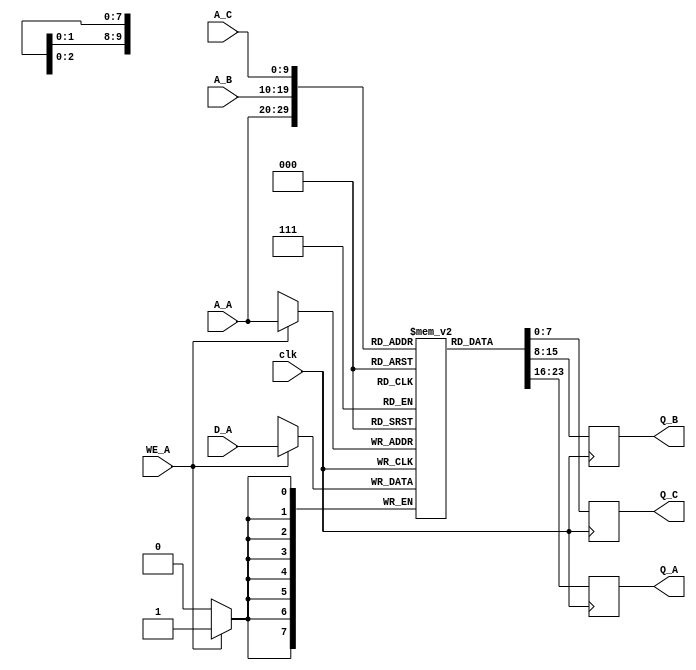
module triple_port_ram #(
    parameter ADDR_WIDTH = 10,  // Address width (for 1KB, 2^10 = 1024 addresses)
    parameter DATA_WIDTH = 8     // Data width (8 bits)
)(
    input wire clk,               // Clock signal
    input wire [ADDR_WIDTH-1:0] A_A, // Address for Port A
    input wire WE_A,              // Write Enable for Port A
    input wire [DATA_WIDTH-1:0] D_A, // Data Input for Port A
    output reg [DATA_WIDTH-1:0] Q_A, // Data Output for Port A

    input wire [ADDR_WIDTH-1:0] A_B, // Address for Port B
    output reg [DATA_WIDTH-1:0] Q_B, // Data Output for Port B

    input wire [ADDR_WIDTH-1:0] A_C, // Address for Port C
    output reg [DATA_WIDTH-1:0] Q_C  // Data Output for Port C
);

    // Memory array declaration
    reg [DATA_WIDTH-1:0] memory [(2**ADDR_WIDTH)-1:0];

    // Port A: Read/Write operation
    always @(posedge clk) begin
        if (WE_A) begin
            // Write operation for Port A
            memory[A_A] <= D_A;
        end
        // Read operation for Port A
        Q_A <= memory[A_A];
    end

    // Port B: Read operation
    always @(posedge clk) begin
        Q_B <= memory[A_B];
    end

    // Port C: Read operation
    always @(posedge clk) begin
        Q_C <= memory[A_C];
    end

endmodule